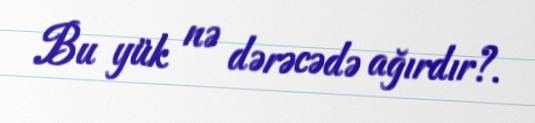
Bu yük nə dərəcədə ağırdır?.